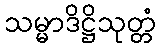
သမ္မာဒိဋ္ဌိသုတ္တံ